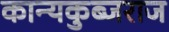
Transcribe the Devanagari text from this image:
कान्यकुब्जराज